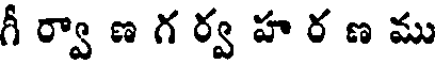
గీ ర్వా ణ గ ర్వ హ ర ణ ము